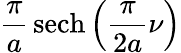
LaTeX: {\frac{\pi}{a}}\operatorname{sech}\left({\frac{\pi}{2a}}\nu\right)